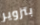
بتزوير